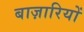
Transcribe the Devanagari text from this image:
बाज़ारियों